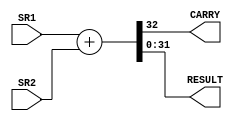
// Drayton Monkman, 53------

// A 32-bit adder with carry
module ALU_ADD_32(
    input [31:0] SR1, 
    input [31:0] SR2, 
    output reg CARRY,
    output reg [31:0] RESULT);
    always@(*) begin
        {CARRY, RESULT} <= SR1 + SR2;
    end
endmodule

// A 32-bit subtractor with carry
module ALU_SUB_32(
    input [31:0] SR1, 
    input [31:0] SR2, 
    output reg CARRY,
    output reg [31:0] RESULT);

    wire [31:0] SR2_INV;
    assign SR2_INV = ~SR2;
    always@(*) begin
        {CARRY, RESULT} <= SR1 + SR2_INV + 1;   // NOTE: We use 6502 / ARM convention to calculate carry
    end
endmodule

// A 32-bit multiplier with overflow bits
module ALU_MUL_32(
    input [31:0] SR1, 
    input [31:0] SR2, 
    output reg [31:0] RESULT);
    always@(*) begin
        RESULT <= SR1 * SR2;
    end
endmodule

// A 32-bit bitwise ANDing
module ALU_AND_32(
    input [31:0] SR1, 
    input [31:0] SR2, 
    output reg [31:0] RESULT);
    always@(*) begin
        RESULT <= SR1 & SR2;
    end
endmodule

// A 32-bit bitwise ORing
module ALU_OR_32(
    input [31:0] SR1, 
    input [31:0] SR2, 
    output reg [31:0] RESULT);
    always@(*) begin
        RESULT <= SR1 | SR2;
    end
endmodule

// A 32-bit bitwise XORing
module ALU_XOR_32(
    input [31:0] SR1, 
    input [31:0] SR2, 
    output reg [31:0] RESULT);
    always@(*) begin
        RESULT <= SR1 ^ SR2;
    end
endmodule

// A parameterized 32-bit right shift register that shifts the input by n-bit
// NOTE: I assume 'parameterized' in the project description means passing SHIFT_ROR_VAL as an input parameter
module ALU_RSHIFT_32(
    input [31:0] SR2, 
    input [4:0] N,
    output reg [31:0] RESULT);
    always @(*) begin
        RESULT = SR2 >> N;
    end
endmodule

// A parameterized 32-bit left shift register that shifts the input by n-bit
// NOTE: I assume 'parameterized' in the project description means passing SHIFT_ROR_VAL as an input parameter
module ALU_LSHIFT_32(
    input [31:0] SR2, 
    input [4:0] N,
    output reg [31:0] RESULT);
    always @(*) begin
        RESULT = SR2 << N;
    end
endmodule

// A parameterized 32-bit register that right rotates the input by n-bit
// NOTE: I assume 'parameterized' in the project description means passing SHIFT_ROR_VAL as an input parameter
module ALU_RROT_32(
    input [31:0] SR2, 
    input [4:0] N,
    output reg [31:0] RESULT);

    // SWITCH THE HIGH AND LOW BIT SEGMENTS
    always @(*) begin
        // Explaination:
        // Step 1: Shift R2 value to the right by N. This will give us our final lowest (32 - N) bits, and leave 0s where the highest bits will be.
        // Step 2: Shift R2 value to the left by (32 - N). This will give us our final highest (32 - N) bits, and leave 0s where the lowest bits will be.
        // Step 3: Take the bitwise OR of these values to combine the (32 - N) lowest bits and N highest bits.
        RESULT = (SR2 >> N) | (SR2 << (32 - N));
    end
endmodule

// Flags register
module FLAGS_REGISTER(
    input RESET,
    input WRITE,
    input [3:0] NZCV_IN,
    output reg [3:0] NZCV_OUT
);
    always @(negedge RESET) begin
        NZCV_OUT <= 4'b0000;
    end
    always @(*) begin
        if(WRITE) NZCV_OUT <= NZCV_IN;
    end
endmodule

// NOTE: Not currently utilized by the ALU. Will be needed for Final Project however. Separate from ALU.
module PROGRAM_COUNTER(
    input INCREMENT,
    input RESET,
    output reg [7:0] COUNT
);
    // POSEDGE INCREMENT WITH NEGEDGE RESET
    always @(posedge INCREMENT or negedge RESET) begin
        if(!RESET) COUNT <= 8'b11111111;
        else COUNT <= COUNT + 1;
    end
endmodule

// A 32-line 16x1 Multiplexer (each input/output is an 32-bit wide)
// A module that checks the S-bit /CMP instruction and generates the 4-bit flag accordingly. You may need to Google to learn how the four flags will be calculated.
// 8-bit Counter (Program Counter (PC))
// Other small modules that cover the remaining functions of the 15-instruction set (such as MOV and LDR).


// Why are MOV, LDR and SDR supposed to be part of the ALU? They can be handled entirely by the MEM controller and Register Banks.
// In our final CPU, ALU should
// ALU simply sends value to result; Memory Controller / Reg Bank should store RESULT in SR1
module ALU_MOV_32(
    input [31:0] VAL,
    output reg [31:0] RESULT);
    always @(*) begin
        RESULT <= VAL;
    end
endmodule

// ALU simply sends R1 (SR1) to result; Memory Controller should load content at memory address SR1
module ALU_LDR_32(
    input [31:0] SR1,
    output reg [31:0] RESULT);
    always @(*) begin
        RESULT <= SR1;
    end
endmodule

// ALU simply sends R2 or N (aka SR2) to result; Memory Controller should store content at memory address SR1
// Same code as ALU_MOV_32
module ALU_STR_32(
    input [31:0] SR2,
    output reg [31:0] RESULT);
    always @(*) begin
        RESULT <= SR2;
    end
endmodule

// Compare SR1 and SR2 then set flags

// NOTE: S CONDITION IS ALSO HANDLED BY THE FLAG REGISTER
module ALU_CMP_32(
    input S,
    input [31:0] SR1, 
    input [31:0] SR2,
    output [3:0] NZCV);

    wire [31:0] SR2_INV;
    assign SR2_INV = ~SR2;
    
    wire [32:0] DIFF;
    assign DIFF = SR1 + SR2_INV + 1;   // NOTE: We use 6502 / ARM convention to calculate carry


    // SET V (OVERFLOW) OVERFLOW FLAG BY :  
        // 1. COMPARING THE SIGN OF THE ORIGINAL VALUES: SR1[31] AND ~SR2[31] (FLIP SR2 SIGN BECAUSE SUBTRACTION IS ADDITION OF A NEGATIVE)
        // 2. IF BOTH SR1 AND SR2 HAVE THE SAME SIGN (IMAGINING SR1 + (-SR2)), A SIGN FLIP ON THE RESULT INDICATES OVERFLOW
    assign NZCV[0] = ((SR1[31] == (~SR2[31])) ? ((SR1[31] == DIFF[31]) ? 1'b0 : 1'b1 ) : 1'b0);
        // ARE SIGNS EQUAL ? (IS RESULT SIGN EQUAL TO SR1 AND SR2 SIGN ? V = 0 : V = 1) : V = 0;

    // SET C (CARRY) FLAG BY CHECKING THE CARRY BIT DIFF[32]
    assign NZCV[1] = (DIFF[32] ? 1'b1 : 1'b0);
    
    // SET Z (ZERO) FLAG (BECAUSE WE USE ARM CARRY CONVENTION, ONLY CHECK LOWER 32 BITS TO PREVENT FALSE NONZERO)
    assign NZCV[2] = ((DIFF[31:0] == 0) ? 1'b1 : 1'b0);

    // SET N (NEGATIVE FLAG)
    assign NZCV[3] = ((DIFF[31]) ? 1'b1 : 1'b0);
endmodule


// CONDITION CHECK UNIT
module ALU_COND_CHECK(
    input [3:0] COND,
    input [3:0] NZCV,
    output reg CONDITION_MET);

    // ASSIGN FLAG WIRES FOR CLARITY
    wire N_FLAG, Z_FLAG, C_FLAG, V_FLAG;
    assign {N_FLAG, Z_FLAG, C_FLAG, V_FLAG} = NZCV;

    always@ (*) begin
        // EXECUTE COND
        case(COND)
            // NO CONDITION
            4'b0000: CONDITION_MET <= 1'b1;

            // EQ - Equal
            4'b0001: CONDITION_MET <= (Z_FLAG == 1) ? 1'b1 : 1'b0;

            // GT - Greater Than
            4'b0010: CONDITION_MET <= (Z_FLAG == 0) & (N_FLAG == V_FLAG) ? 1'b1 : 1'b0;

            // LT - Lesser Than
            4'b0011: CONDITION_MET <= (N_FLAG != V_FLAG) ? 1'b1 : 1'b0;

            // GE - Greater than or Equal To
            4'b0100: CONDITION_MET <= (N_FLAG == V_FLAG) ? 1'b1 : 1'b0;

            // LE - Lesser than or Equal To
            4'b0101: CONDITION_MET <= (Z_FLAG == 1) | (N_FLAG != V_FLAG) ? 1'b1 : 1'b0;

            // HI - Unsighed Higher
            4'b0110: CONDITION_MET <= (C_FLAG == 1) & (Z_FLAG == 0) ? 1'b1 : 1'b0;

            // L0 - Unsighed Lower
            4'b0111: CONDITION_MET <= (C_FLAG == 0) ? 1'b1 : 1'b0;

            // HS - Unsigned Higher or Same
            4'b1000: CONDITION_MET <= (C_FLAG == 1) ? 1'b1 : 1'b0;

            // If the OPCODE is undefined, do not perform an operation
            default: CONDITION_MET <= 1'b0;
        
        //CALCULATE FLAGS
        endcase
    end
endmodule